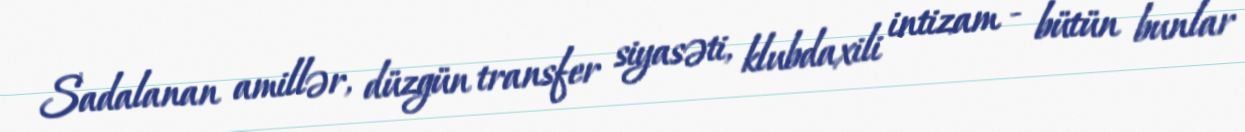
Sadalanan amillər, düzgün transfer siyasəti, klubdaxili intizam - bütün bunlar